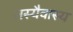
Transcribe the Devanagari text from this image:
तस्यैवास्य